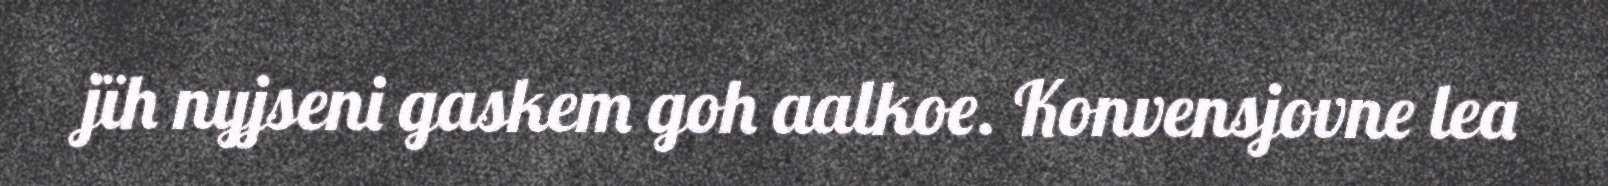
jïh nyjseni gaskem goh aalkoe. Konvensjovne lea